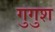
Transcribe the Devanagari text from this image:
गुगुश